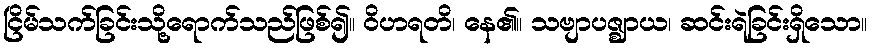
ငြိမ်သက်ခြင်းသို့ရောက်သည်ဖြစ်၍။ ဝိဟရတိ၊ နေ၏။ သဗျာပဇ္ဈာယ၊ ဆင်းရဲခြင်းရှိသော။